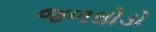
જળઘોડો